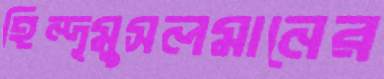
হিন্দূমুসলমানের